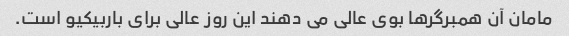
مامان آن همبرگرها بوی عالی می دهند این روز عالی برای باربیکیو است.